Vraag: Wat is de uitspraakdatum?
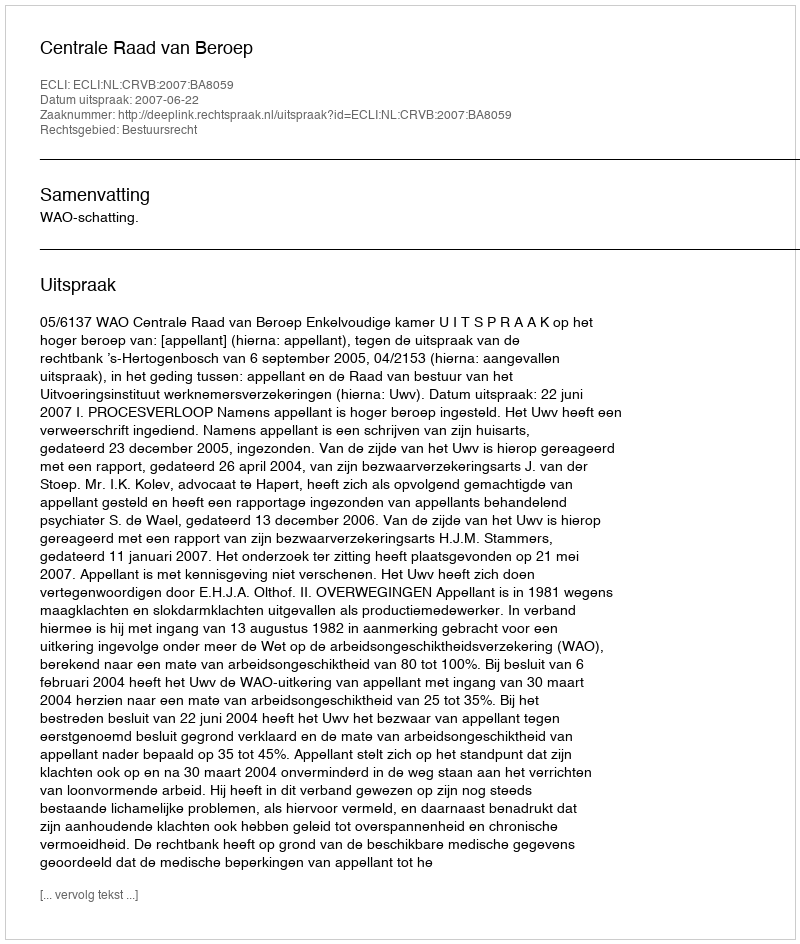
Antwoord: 2007-06-22